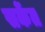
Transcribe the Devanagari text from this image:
सकेंत